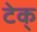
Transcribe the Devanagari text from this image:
टेक्